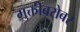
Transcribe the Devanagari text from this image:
मुक्तीबरोबर